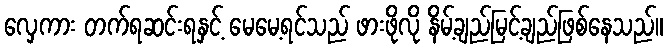
လှေကား တက်ရဆင်းရနှင့် မေမေ့ရင်သည် ဖားဖိုလို နိမ့်ချည်မြင့်ချည်ဖြစ်နေသည်။